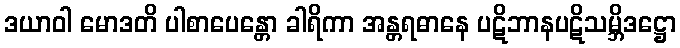
ဒယာဝါ မောဒတိ ပါစာပေန္တော ခါရိကာ အန္တရဓာနေ ပဋိဘာနပဋိသမ္ဘိဒဋ္ဌော